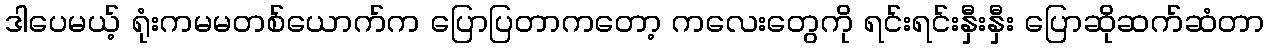
ဒါပေမယ့် ရုံးကမမတစ်ယောက်က ပြောပြတာကတော့ ကလေးတွေကို ရင်းရင်းနှီးနှီး ပြောဆိုဆက်ဆံတာ